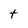
Character: t